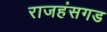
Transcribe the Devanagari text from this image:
राजहंसगड